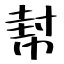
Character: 幇